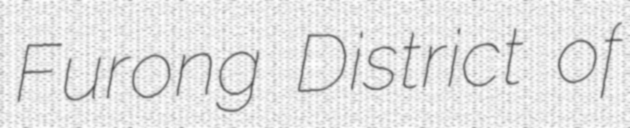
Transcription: Furong District of